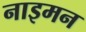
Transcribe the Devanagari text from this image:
नाइमन